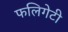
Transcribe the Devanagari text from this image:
फलिगेटी